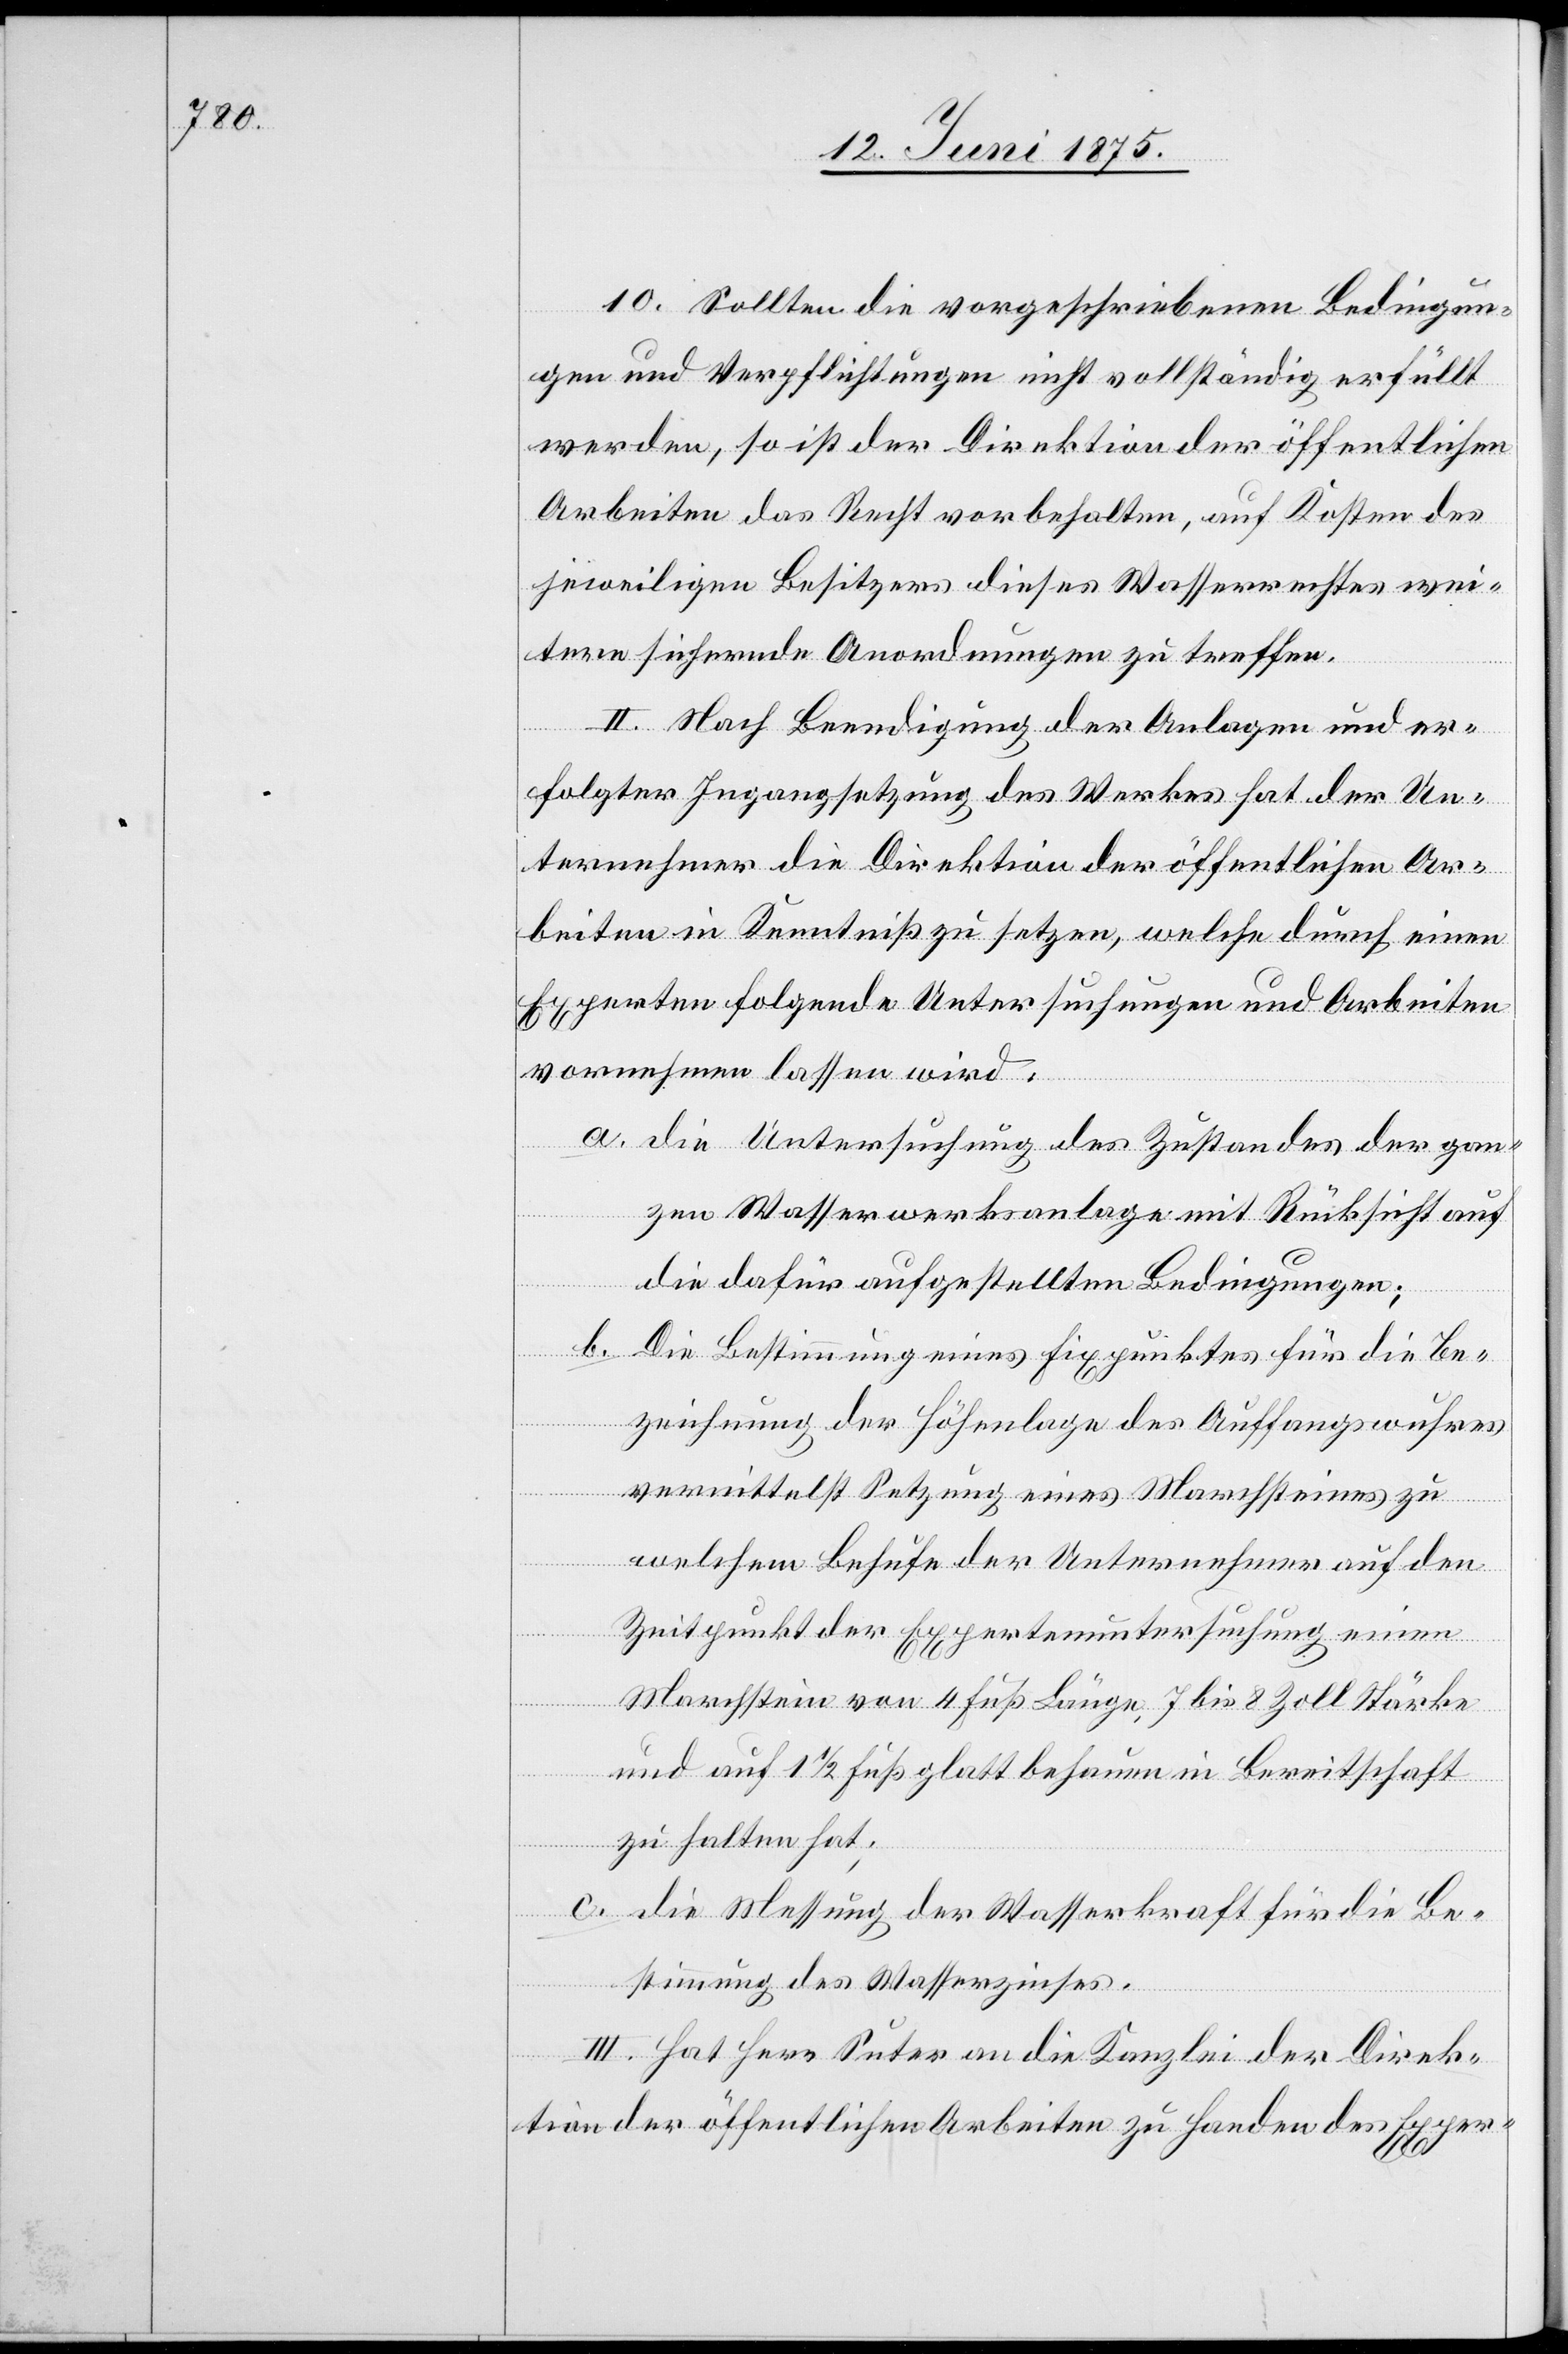
10. Sollten die vorgeschriebenen Bedingun¬
gen und Verpflichtungen nicht vollständig erfüllt
werden, so ist der Direktion der öffentlichen
Arbeiten das Recht vorbehalten, auf Kosten des
jeweiligen Besitzers dieses Wasserrechtes wei¬
tere sichernde Anordnungen zu treffen.
II. Nach Beendigung der Anlagen und er¬
folgter Ingangsetzung des Werkes hat der Un¬
ternehmer die Direktion der öffentlichen Ar¬
beiten in Kenntniß zu setzen, welche durch einen
Experten folgende Untersuchungen und Arbeiten
vornehmen lassen wird:
a. die Untersuchung des Zustandes der gan¬
zen Wasserwerksanlage mit Rücksicht auf
die dafür aufgestellten Bedingungen;
b. Die Bestimmung eines Fixpunktes für die Be¬
zeichnung der Höhenlage des Auffangswuhres
vermittelst Setzung eines Marchsteines zu
welchem Behufe der Unternehmer auf den
Zeitpunkt der Expertenuntersuchung einen
Marchstein von 4 Fuß Länge, 7 bis 8 Zoll Stärke
und auf 1 1/2 Fuß glatt behauen in Bereitschaft
zu halten hat;
c. die Messung der Wasserkraft für die Be¬
stimmung des Wasserzinses.
III. Hat Herr Suter an die Kanzlei der Direk¬
tion der öffentlichen Arbeiten zu Handen des Expert-